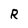
Character: R